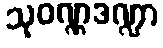
သုဝဏ္ဏဒဏ္ဍာ